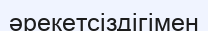
әрекетсіздігімен